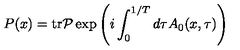
P ( x ) = \mathrm { t r } { \cal P } \exp \left( i \int _ { 0 } ^ { 1 / T } d \tau A _ { 0 } ( x , \tau ) \right)